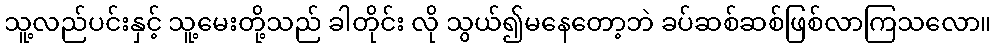
သူ့လည်ပင်းနှင့် သူ့မေးတို့သည် ခါတိုင်း လို သွယ်၍မနေတော့ဘဲ ခပ်ဆစ်ဆစ်ဖြစ်လာကြသလော။